Leaving Certificate Examination (including Day School Certificate (Higher) General paper), 1937
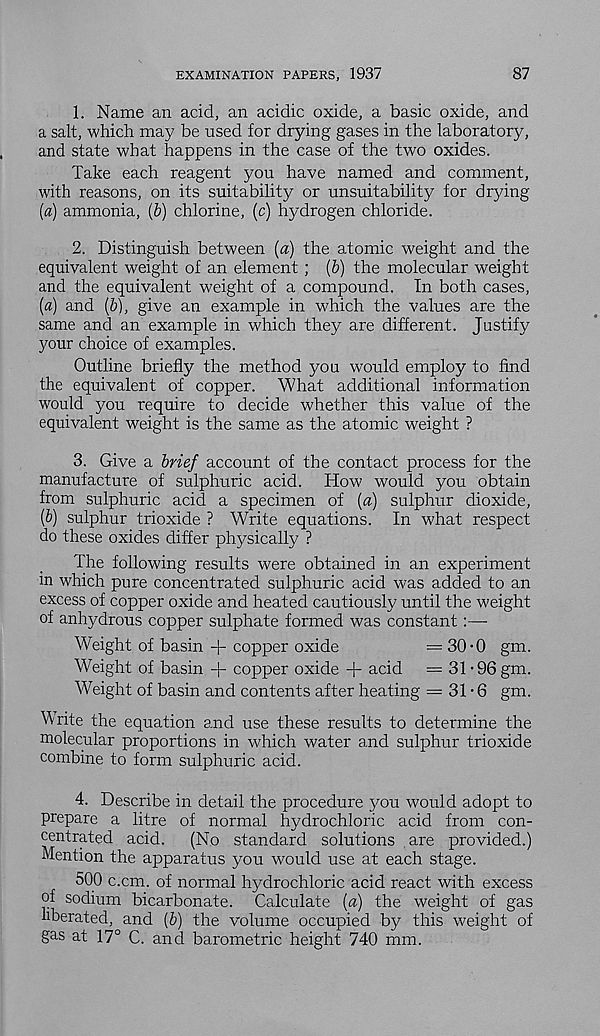
EXAMINATION PAPERS, 1937
87
1. Name an acid, an acidic oxide, a basic oxide, and
a salt, which may be used for drying gases in the laboratory,
and state what happens in the case of the two oxides.
Take each reagent you have named and comment,
with reasons, on its suitability or unsuitability for drying
(a) ammonia, (b) chlorine, (c) hydrogen chloride.
2. Distinguish between [a) the atomic weight and the
equivalent weight of an element; (&) the molecular weight
and the equivalent weight of a compound. In both cases,
{a) and (5), give an example in which the values are the
same and an example in which they are different. Justify
your choice of examples.
Outline briefly the method you would employ to find
the equivalent of copper. What additional information
would you require to decide whether this value of the
equivalent weight is the same as the atomic weight ?
3. Give a brief account of the contact process for the
manufacture of sulphuric acid. How would you obtain
from sulphuric acid a specimen of [a) sulphur dioxide,
[b) sulphur trioxide ? Write equations. In what respect
do these oxides differ physically ?
The following results were obtained in an experiment
m which pure concentrated sulphuric acid was added to an
excess of copper oxide and heated cautiously until the w'eight
of anhydrous copper sulphate formed was constant:—
Weight of basin + copper oxide
=30-0 gm.
Weight of basin + copper oxide + acid =31*96 gm.
Weight of basin and contents after heating = 31*6 gm.
^rite the equation and use these results to determine the
molecular proportions in which water and sulphur trioxide
combine to form sulphuric acid.
4. Describe in detail the procedure you would adopt to
prepare a litre of normal hydrochloric acid from con-
centrated acid.
(No standard solutions are provided.)
Mention the apparatus you would use at each stage.
500 c.cm. of normal hydrochloric acid react with excess
of sodium bicarbonate. Calculate (a) the weight of gas
liberated, and (6) the volume occupied by this weight of
gas at 17° C. and barometric height 740 mm.